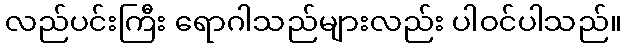
လည်ပင်းကြီး ရောဂါသည်များလည်း ပါဝင်ပါသည်။